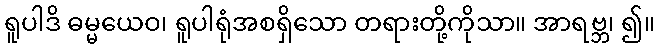
ရူပါဒိ ဓမ္မယေဝ၊ ရူပါရုံအစရှိသော တရားတို့ကိုသာ။ အာရဗ္ဘ၊ ၍။